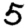
Digit: 5